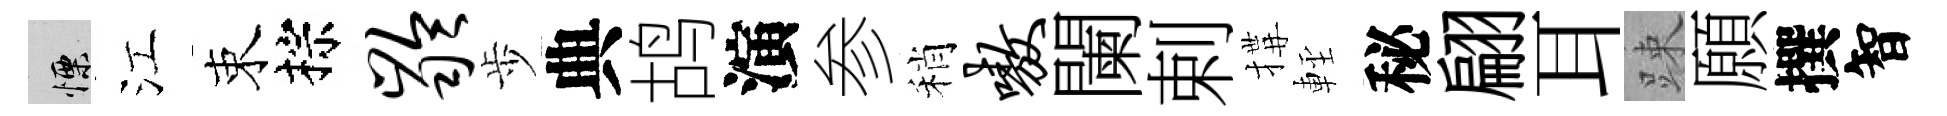
慄江束棕龄歩典鸪演参稍嗷闌剌搆䡖秘翩耳踈願撰智